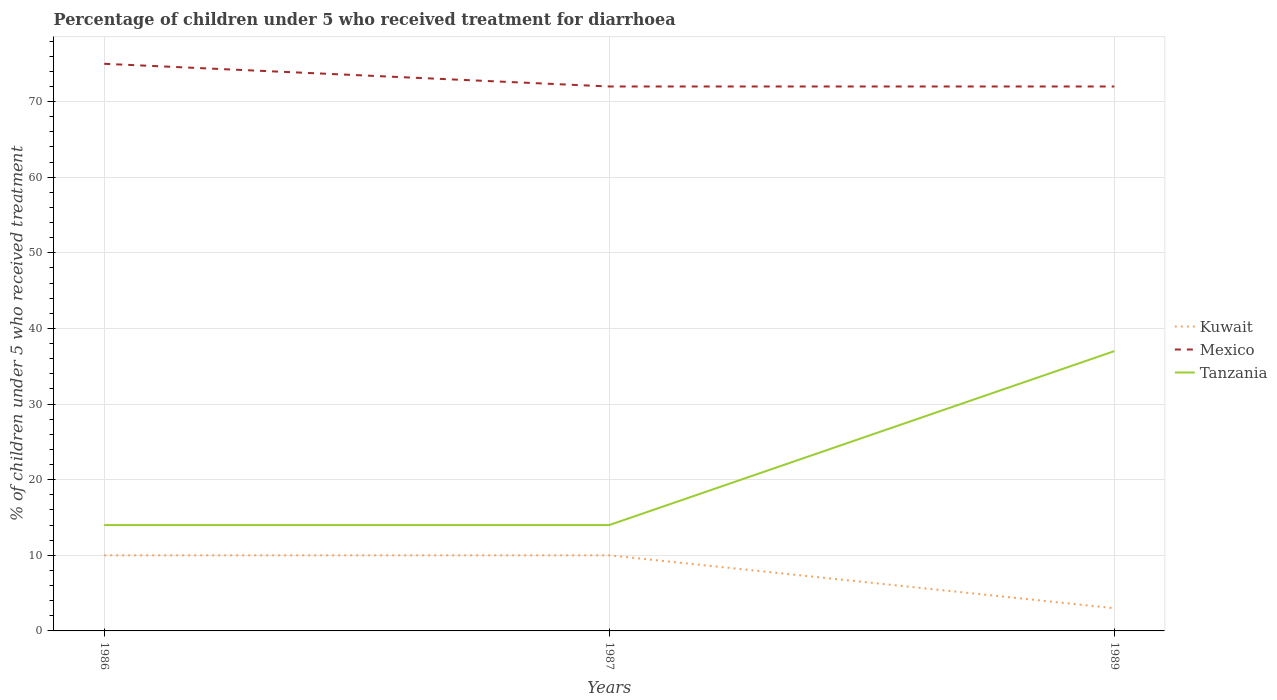
| Years | Kuwait | Mexico | Tanzania |
 | --- | --- | --- | --- |
 | 1986 | 10 | 75 | 14 |
 | 1987 | 10 | 72 | 14 |
 | 1989 | 3 | 72 | 37 |